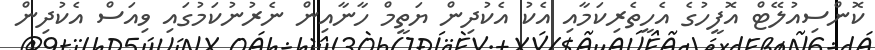
ކޮންސިއުލޭޓް އޮފީހުގެ އެހީތެރިކަމާއި އެކު އެކުދިން ޔަތީމް ހާނާއިން ނެރުނުކަމުގައި ވިއަސް އެކުދިން